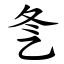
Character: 㐑